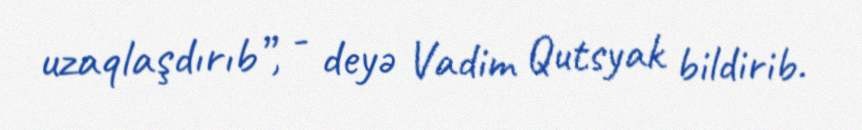
uzaqlaşdırıb”, - deyə Vadim Qutsyak bildirib.